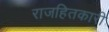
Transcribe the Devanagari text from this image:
राजहितकारी